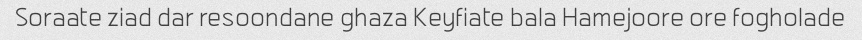
Soraate ziad dar resoondane ghaza Keyfiate bala Hamejoore ore fogholade